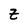
Character: Z